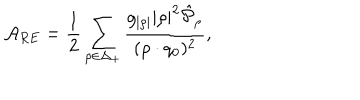
{ \cal A } _ { R E } = { \frac { 1 } { 2 } } \sum _ { \rho \in \Delta _ { + } } { \frac { g _ { | \rho | } | \rho | ^ { 2 } \hat { \cal P } _ { \rho } } { ( \rho \cdot q _ { 0 } ) ^ { 2 } } } ,